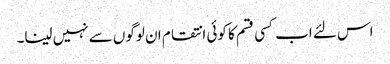
اس لئے اب کسی قسم کا کوئی انتقام ان لوگوں سے نہیں لینا۔